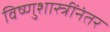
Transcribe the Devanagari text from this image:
विष्णुशास्त्रींनंतर